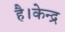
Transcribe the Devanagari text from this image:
है।केन्द्र